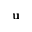
\mathbf { u }